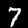
Label: 7